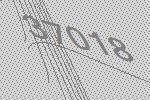
37018